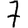
Digit: 7